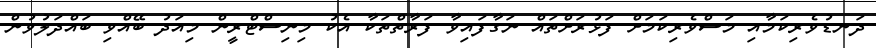
ދަނޑުވެރިކަމާއި މަސްވެރިކަމަށް ފަޅުރަށްތައް ނަގާފައިވާ ފަރާތްތަކާ އެކު މިނިސްޓްރީން މިއަދު ބޭއްވި ބައްދަލުވުން